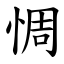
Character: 惆